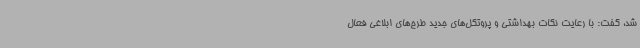
شد، گفت: با رعایت نکات بهداشتی و پروتکل‌های جدید طرح‌های ابلاغی فعال